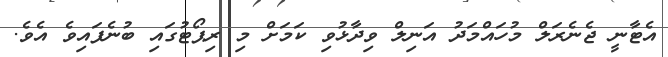
އެޓާނީ ޖެނެރަލް މުހައްމަދު އަނިލް ވިދާޅުވި ކަމަށް މި ރިޕޯޓުގައި ބުނެފައިވެ އެވެ.